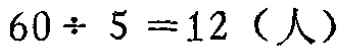
\(60\div 5 = 12 \text{（人）}\)